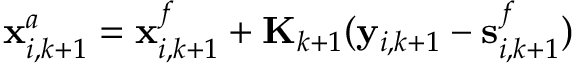
\mathbf { x } _ { i , k + 1 } ^ { a } = \mathbf { x } _ { i , k + 1 } ^ { f } + \mathbf { K } _ { k + 1 } ( \mathbf { y } _ { i , k + 1 } - \mathbf { s } _ { i , k + 1 } ^ { f } )